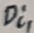
Text: Di1